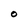
Character: 0